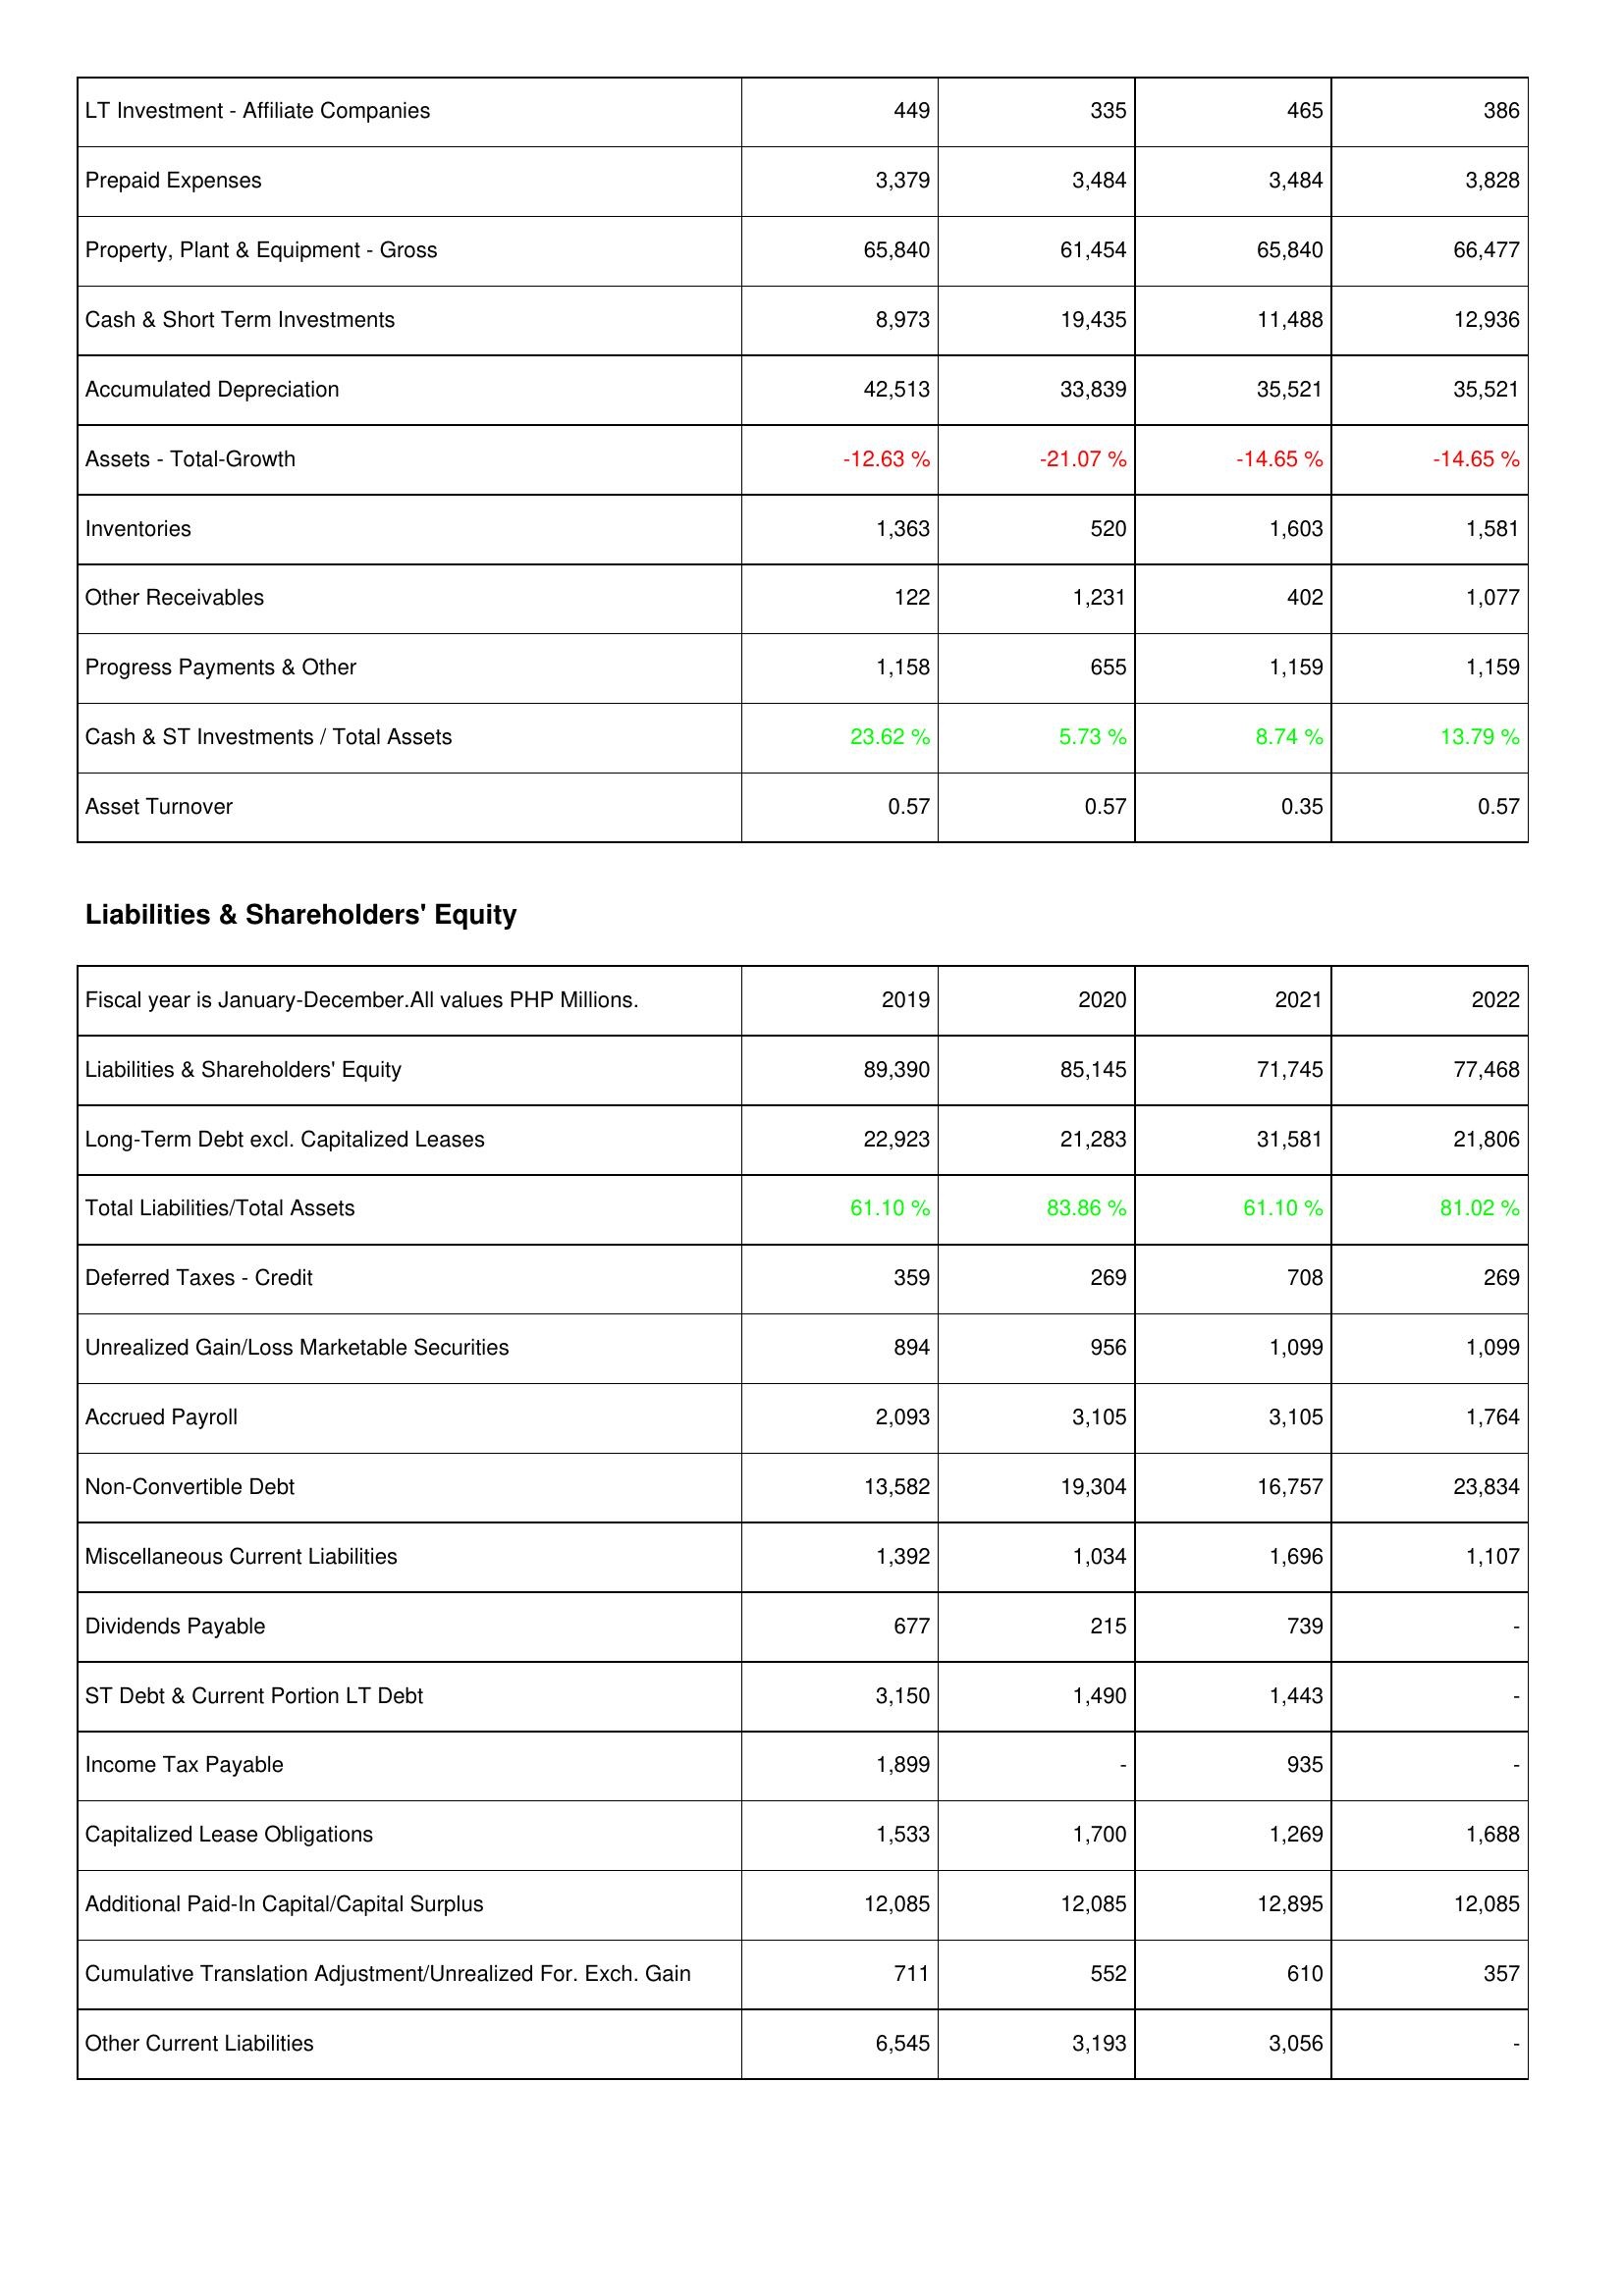
2019: Assets: LT Investment - Affiliate Companies: 449
Prepaid Expenses: 3,379
Property, Plant & Equipment - Gross: 65,840
Cash & Short Term Investments: 8,973
Accumulated Depreciation: 42,513
Assets - Total-Growth: -12.63 %
Inventories: 1,363
Other Receivables: 122
Progress Payments & Other: 1,158
Cash & ST Investments / Total Assets: 23.62 %
Asset Turnover: 0.57
Liabilities & Shareholders' Equity: Liabilities & Shareholders' Equity: 89,390
Long-Term Debt excl. Capitalized Leases: 22,923
Total Liabilities/Total Assets: 61.10 %
Deferred Taxes - Credit: 359
Unrealized Gain/Loss Marketable Securities: 894
Accrued Payroll: 2,093
Non-Convertible Debt: 13,582
Miscellaneous Current Liabilities: 1,392
Dividends Payable: 677
ST Debt & Current Portion LT Debt: 3,150
Income Tax Payable: 1,899
Capitalized Lease Obligations: 1,533
Additional Paid-In Capital/Capital Surplus: 12,085
Cumulative Translation Adjustment/Unrealized For. Exch. Gain: 711
Other Current Liabilities: 6,545
2020: Assets: LT Investment - Affiliate Companies: 335
Prepaid Expenses: 3,484
Property, Plant & Equipment - Gross: 61,454
Cash & Short Term Investments: 19,435
Accumulated Depreciation: 33,839
Assets - Total-Growth: -21.07 %
Inventories: 520
Other Receivables: 1,231
Progress Payments & Other: 655
Cash & ST Investments / Total Assets: 5.73 %
Asset Turnover: 0.57
Liabilities & Shareholders' Equity: Liabilities & Shareholders' Equity: 85,145
Long-Term Debt excl. Capitalized Leases: 21,283
Total Liabilities/Total Assets: 83.86 %
Deferred Taxes - Credit: 269
Unrealized Gain/Loss Marketable Securities: 956
Accrued Payroll: 3,105
Non-Convertible Debt: 19,304
Miscellaneous Current Liabilities: 1,034
Dividends Payable: 215
ST Debt & Current Portion LT Debt: 1,490
Income Tax Payable: -
Capitalized Lease Obligations: 1,700
Additional Paid-In Capital/Capital Surplus: 12,085
Cumulative Translation Adjustment/Unrealized For. Exch. Gain: 552
Other Current Liabilities: 3,193
2021: Assets: LT Investment - Affiliate Companies: 465
Prepaid Expenses: 3,484
Property, Plant & Equipment - Gross: 65,840
Cash & Short Term Investments: 11,488
Accumulated Depreciation: 35,521
Assets - Total-Growth: -14.65 %
Inventories: 1,603
Other Receivables: 402
Progress Payments & Other: 1,159
Cash & ST Investments / Total Assets: 8.74 %
Asset Turnover: 0.35
Liabilities & Shareholders' Equity: Liabilities & Shareholders' Equity: 71,745
Long-Term Debt excl. Capitalized Leases: 31,581
Total Liabilities/Total Assets: 61.10 %
Deferred Taxes - Credit: 708
Unrealized Gain/Loss Marketable Securities: 1,099
Accrued Payroll: 3,105
Non-Convertible Debt: 16,757
Miscellaneous Current Liabilities: 1,696
Dividends Payable: 739
ST Debt & Current Portion LT Debt: 1,443
Income Tax Payable: 935
Capitalized Lease Obligations: 1,269
Additional Paid-In Capital/Capital Surplus: 12,895
Cumulative Translation Adjustment/Unrealized For. Exch. Gain: 610
Other Current Liabilities: 3,056
2022: Assets: LT Investment - Affiliate Companies: 386
Prepaid Expenses: 3,828
Property, Plant & Equipment - Gross: 66,477
Cash & Short Term Investments: 12,936
Accumulated Depreciation: 35,521
Assets - Total-Growth: -14.65 %
Inventories: 1,581
Other Receivables: 1,077
Progress Payments & Other: 1,159
Cash & ST Investments / Total Assets: 13.79 %
Asset Turnover: 0.57
Liabilities & Shareholders' Equity: Liabilities & Shareholders' Equity: 77,468
Long-Term Debt excl. Capitalized Leases: 21,806
Total Liabilities/Total Assets: 81.02 %
Deferred Taxes - Credit: 269
Unrealized Gain/Loss Marketable Securities: 1,099
Accrued Payroll: 1,764
Non-Convertible Debt: 23,834
Miscellaneous Current Liabilities: 1,107
Dividends Payable: -
ST Debt & Current Portion LT Debt: -
Income Tax Payable: -
Capitalized Lease Obligations: 1,688
Additional Paid-In Capital/Capital Surplus: 12,085
Cumulative Translation Adjustment/Unrealized For. Exch. Gain: 357
Other Current Liabilities: -